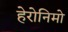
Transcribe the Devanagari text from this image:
हेरोनिमो